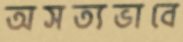
অসত্যভাবে